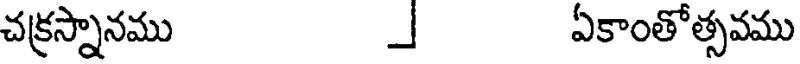
చక్రస్నానము _ ఏకాంతోత్సవము